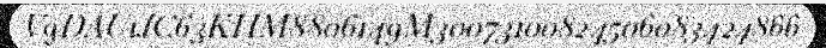
V9DAU1JC63KHM8806149M30073100824506083424866